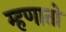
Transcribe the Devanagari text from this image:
म्हणातो